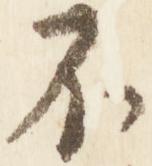
不